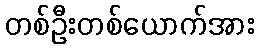
တစ်ဦးတစ်ယောက်အား